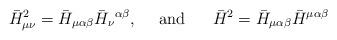
LaTeX: \begin{align*}\bar H^2_{\mu\nu}=\bar H_{\mu\alpha\beta}\bar H_{\nu}{}^{\alpha\beta},\ \ \ \ {\rm and} \ \ \ \ \ \bar H^2=\bar H_{\mu\alpha\beta}\bar H^{\mu\alpha\beta}\end{align*}